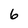
Character: 6